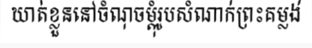
ឃាត់ខ្លួននៅចំណុចម្តុំរូបសំណាក់ព្រះគម្លង់